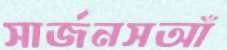
সার্জনসআঁ